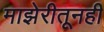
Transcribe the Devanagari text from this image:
माझेरीतूनही